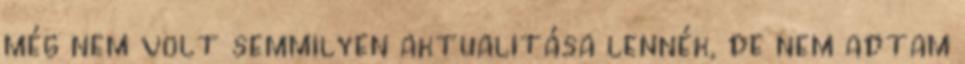
még nem volt semmilyen aktualitása lennék, de nem adtam